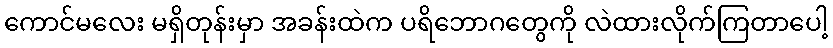
ကောင်မလေး မရှိတုန်းမှာ အခန်းထဲက ပရိဘောဂတွေကို လဲထားလိုက်ကြတာပေါ့